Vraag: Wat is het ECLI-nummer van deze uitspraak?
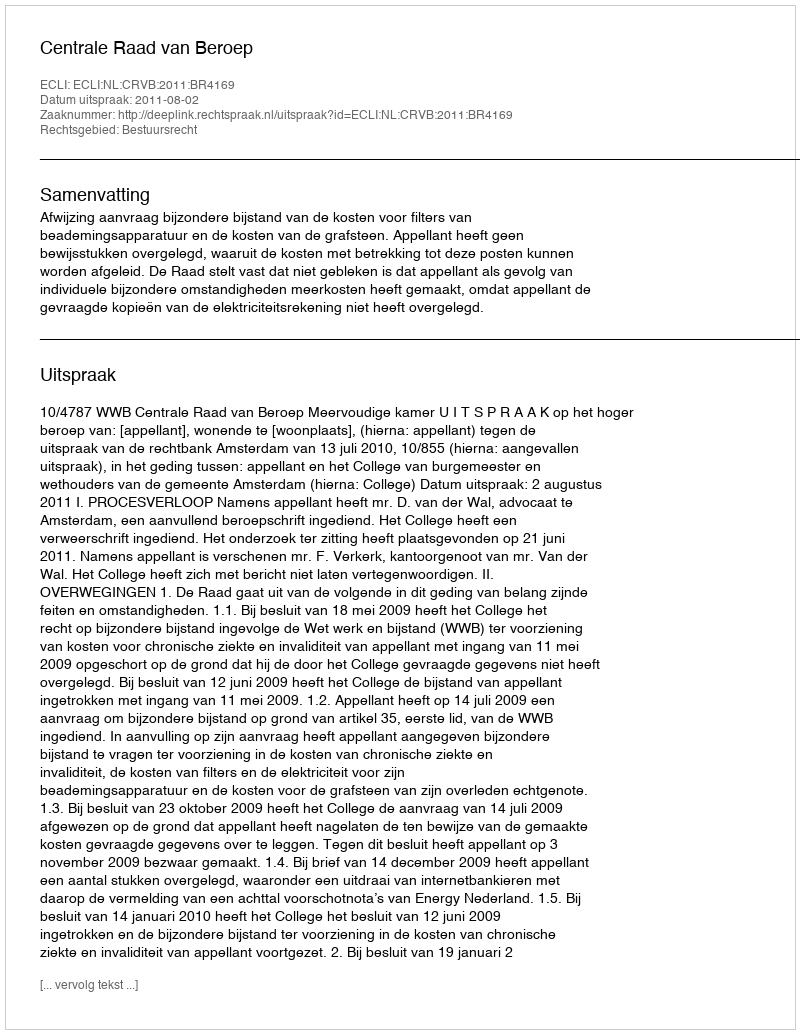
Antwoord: ECLI:NL:CRVB:2011:BR4169